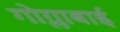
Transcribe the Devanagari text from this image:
गोग्लाबाई